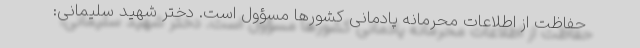
حفاظت از اطلاعات محرمانه پادمانی کشورها مسؤول است. دختر شهید سلیمانی: